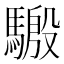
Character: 𱄬